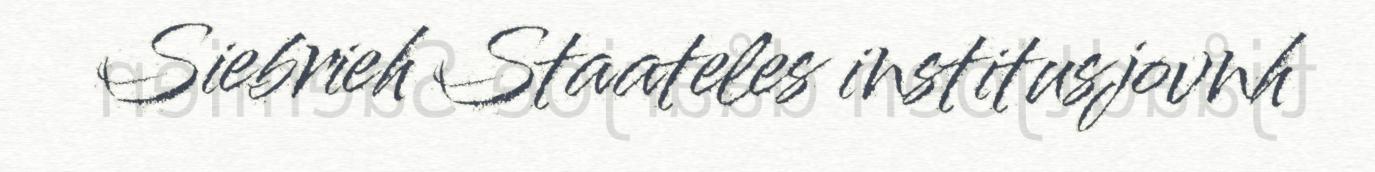
Siebrieh Staateles institusjovnh